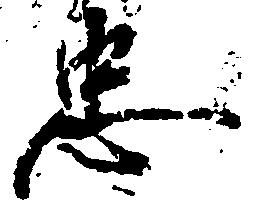
忠